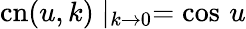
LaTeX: \mathrm{cn}(u,k)\mid_{k\rightarrow 0}=\cos\, u